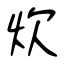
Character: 炊